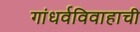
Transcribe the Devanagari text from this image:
गांधर्वविवाहाची